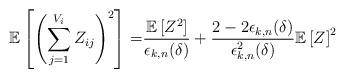
LaTeX: \begin{align*}\mathbb{E}\left[\left(\sum_{j=1}^{V_i} Z_{ij} \right)^2\right] =& \frac{\mathbb{E} \left[ Z^2 \right]}{\epsilon_{k,n}(\delta)} +\frac{2-2\epsilon_{k,n}(\delta)}{\epsilon_{k,n}^2(\delta)} \mathbb{E} \left[ Z \right]^2\end{align*}